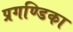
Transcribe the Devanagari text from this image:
प्रगण्डिका